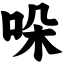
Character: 哚